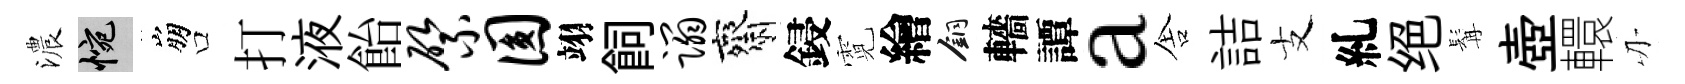
濃惋崩口打液飴綮圆翊飼蹋齋鋟霓繪銅轖譚a舎詰支糺绝髯壺轘刃